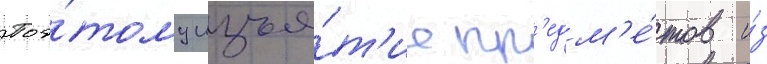
Поэ́тому изъя́т'ие пр'едм'е́тов и́з